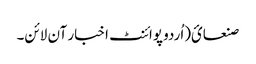
صنعائ(اُردو پوائنٹ اخبار آن لائن۔